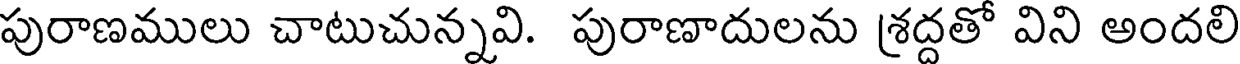
పురాణములు చాటుచున్నవి. పురాణాదులను శ్రద్దతో విని అందలి